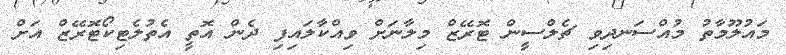
މައުލޫމާތު މުއްސަނދިވި ޗެލްސީން ޓޮރޭޒް މިލާނަށް ވިއްކާލައިފި ދެން އޮތީ އެތުލެޓިކޯޓޮރޭޒް އަށް